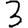
Digit: 3